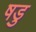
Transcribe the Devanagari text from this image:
षडु